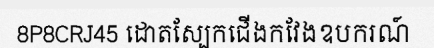
8P8CRJ45 ដោតស្បែកជើងកវែងឧបករណ៍